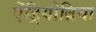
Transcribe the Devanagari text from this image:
ऐंड्रियोब्रिया